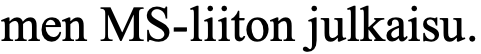
men MS-liiton julkaisu.